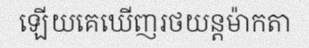
ឡើយគេឃើញរថយន្តម៉ាកតា